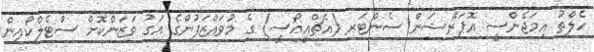
ހެލްތު އިމަޖެންސީ އޮޕަރޭޝަން ސެންޓަރ (އެޗްއީއޯސީ) ގެ މުވައްޒަފުންގެ އަގު ވަޒަންކޮށް ސްޓެލްކޯއިން